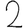
Digit: 2